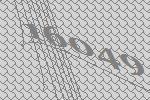
16049